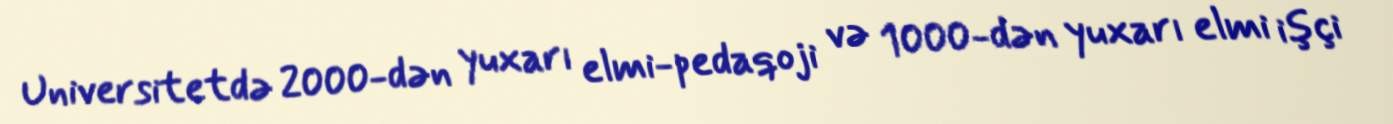
Universitetdə 2000-dən yuxarı elmi-pedaqoji və 1000-dən yuxarı elmi işçi